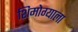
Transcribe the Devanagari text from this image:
शिमोग्याला